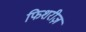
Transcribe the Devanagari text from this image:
फिशरीज़